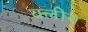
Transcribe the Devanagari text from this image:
क्‍लीन